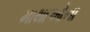
માથાઓના